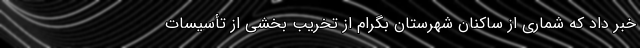
خبر داد که شماری از ساکنان شهرستان بگرام از تخریب بخشی از تأسیسات